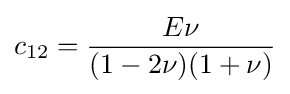
c_{12}={\frac {E\nu }{(1-2\nu )(1+\nu )}}